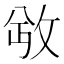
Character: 𫾮